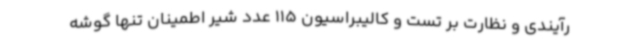
رآیندی و نظارت بر تست و کالیبراسیون 115 عدد شیر اطمینان تنها گوشه